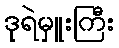
ဒုရဲမှူးကြီး